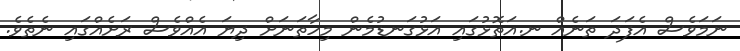
ނަމަވެސް އެފަދަ ތަނެއް ނ.އަތޮޅުގައި އަޅުގަނޑުމެން މިހާތަނަށް ދިޔަ އެއްވެސް ރަށެއްގައި ނެތެވެ.